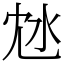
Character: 沊